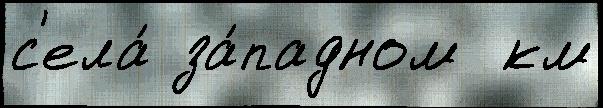
с'ела́ за́падном  км